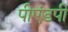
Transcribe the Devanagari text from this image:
पीएंडपी